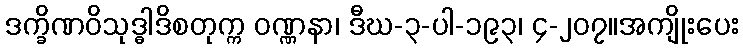
ဒက္ခိဏဝိသုဒ္ဓါဒိစတုက္က ဝဏ္ဏနာ၊ ဒီဃ-၃-ပါ-၁၉၃၊ ၄-၂၀၇။အကျိုးပေး